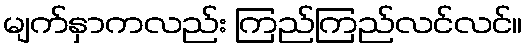
မျက်နှာကလည်း ကြည်ကြည်လင်လင်။